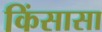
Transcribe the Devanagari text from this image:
किंसासा